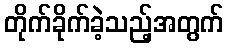
တိုက်ခိုက်ခဲ့သည့်အတွက်